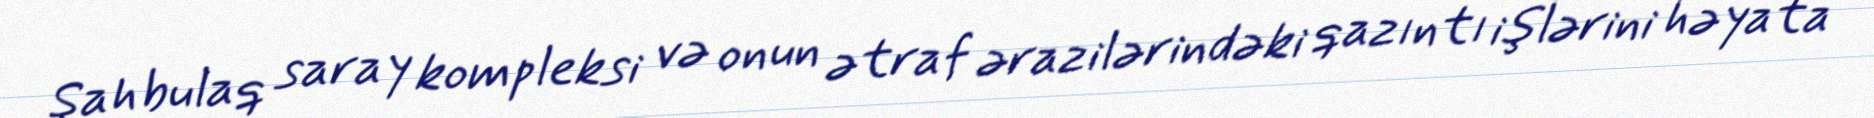
Şahbulaq saray kompleksi və onun ətraf ərazilərindəki qazıntı işlərini həyata